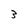
Character: 3